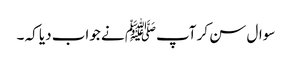
سوال سن کر آپﷺ نے جواب دیا کہ ۔